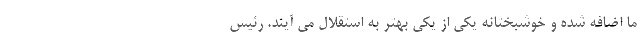
ما اضافه شده و خوشبختانه یکی از یکی بهتر به استقلال می آیند. رئیس